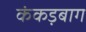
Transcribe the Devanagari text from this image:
कंकड़बाग